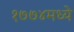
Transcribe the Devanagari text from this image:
१७७४मध्ये